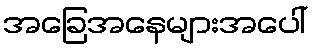
အခြေအနေများအပေါ်